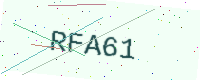
Text: RFA61